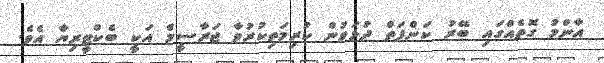
އާންމު ގޮތެއްގައި ބޭރު ކަންފަތް ދުޅަވުން ކުރިމަތިކުރުވާ ޖަރާސީމް އަކީ ބެކްޓީރިޔާ އެވެ.